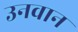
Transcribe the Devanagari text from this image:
उनवान